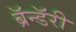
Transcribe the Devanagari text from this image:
ब्रॅन्डॅरी